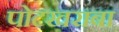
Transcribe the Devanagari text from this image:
पोटखराबा